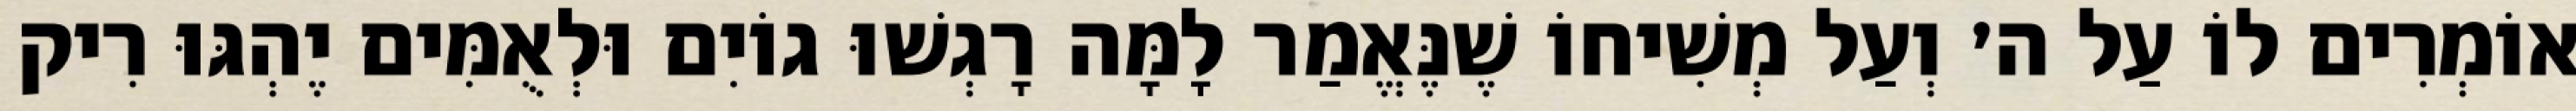
אוֹמְרִים לוֹ עַל ה׳ וְעַל מְשִׁיחוֹ שֶׁנֶּאֱמַר לָמָּה רָגְשׁוּ גוֹיִם וּלְאֻמִּים יֶהְגּוּ רִיק